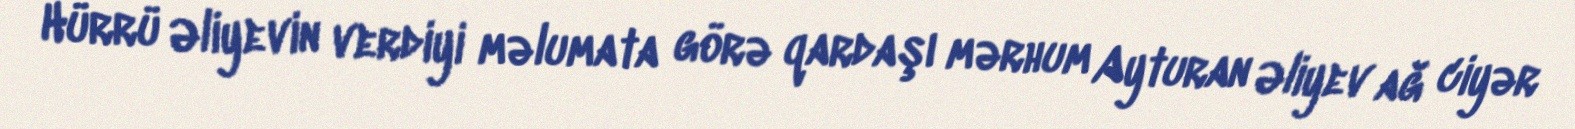
Hürrü Əliyevin verdiyi məlumata görə qardaşı mərhum Ayturan Əliyev ağ ciyər